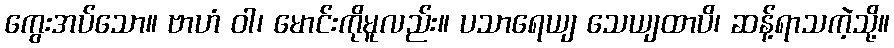
ကွေးအပ်သော။ ဗာဟံ ဝါ၊ မောင်းကိုမူလည်း။ ပသာရေယျ သေယျထာပိ၊ ဆန့်ရာသကဲ့သို့။